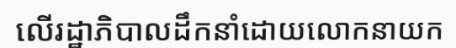
លើរដ្ឋាភិបាលដឹកនាំដោយលោកនាយក